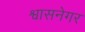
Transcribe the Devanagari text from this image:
श्वासनेगर